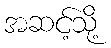
အဆင့်သို့